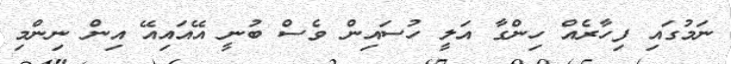
ނަމުގައި ފިހާރެއް ހިންގާ އަލީ ހުސައިން ވެސް ބުނީ އޭއައިއޭ އިން ނިންމި